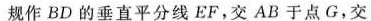
规作BD的垂直平分线EF，交AB于点G，交